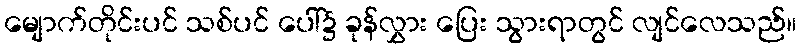
မျောက်တိုင်းပင် သစ်ပင် ပေါ်၌ ခုန်လွှား ပြေး သွားရာတွင် လျင်လေသည်။